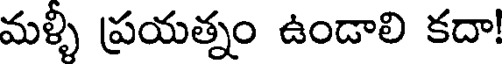
మళ్ళీ ప్రయత్నం ఉండాలి కదా!